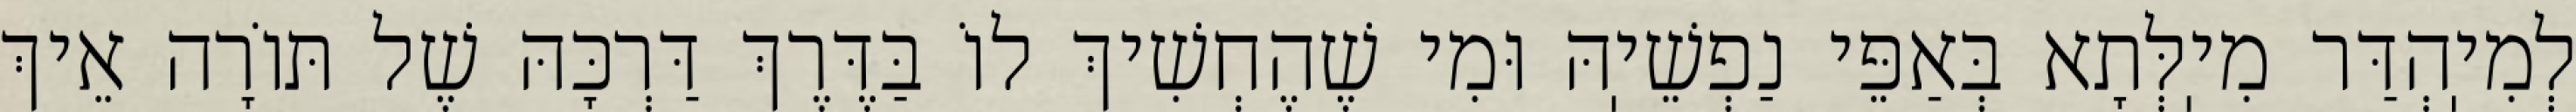
לְמִיֽהְדַּר מִיֽלְּתָא בְּאַפֵּי נַפְשֵׁיֽהּ וּמִי שֶׁהֶחְשִׁיךְ לוֹ בַּדֶּרֶךְ דַּרְכָּהּ שֶׁל תּוֹרָה אֵיךְ